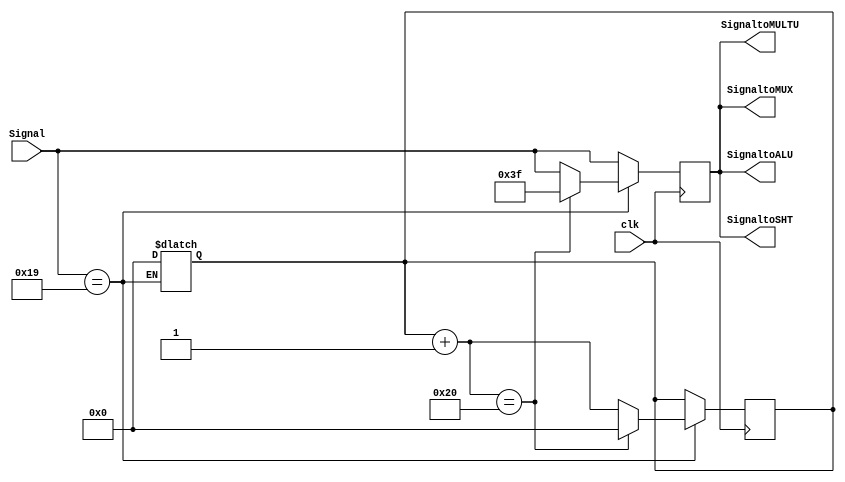
// 
`timescale 1ns/1ns
//  module ALUControl  ports
module ALUControl( clk, Signal, SignaltoALU, SignaltoSHT, SignaltoMULTU, SignaltoMUX );
//  ports  input output
input clk ;
input [5:0] Signal ;
output [5:0] SignaltoALU ;
output [5:0] SignaltoSHT ;
output [5:0] SignaltoMULTU ;
output [5:0] SignaltoMUX ;

//  6  7 
reg [5:0] temp ;
reg [6:0] counter ;

// ()
// Signal (6-bits)
parameter AND = 6'b100100; //   AND  : 36
parameter OR  = 6'b100101; //   OR   : 37
parameter ADD = 6'b100000; //   ADD  : 32
parameter SUB = 6'b100010; //   SUB  : 34
parameter SLT = 6'b101010; //   SLT  : 42
parameter SLL = 6'b000000; //   SLL  : 00
parameter MULTU= 6'b011001; //   MULTU: 25

//  Signal 
always@( Signal )
begin
  if ( Signal == MULTU )
  begin
	//  counter  0
    counter = 0 ;
  end
end

//  clk 
always@( posedge clk )
begin
	//  temp  Signal 
	temp = Signal ;
	if ( Signal == MULTU )
	begin
		//  counter + 1
		counter = counter + 1 ;
		if ( counter == 32 )
		begin
			//  counter  32 temp  0b111111  HiLo 
			temp = 6'b111111 ; // Open HiLo reg for Mul
			counter = 0 ; //  counter  0
		end
	end

end

//  module  temp
assign SignaltoALU = temp ;
assign SignaltoSHT = temp ;
assign SignaltoMULTU = temp ;
assign SignaltoMUX = temp ;

endmodule